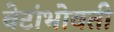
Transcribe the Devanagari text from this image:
बेटांभोवती